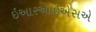
ઇઆરઆઇએસએ